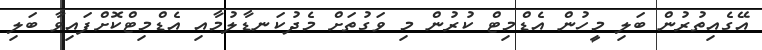
އޭގެއިތުރުން ބަލި މީހުން އެޑްމިޓް ކުރުން މި ވަގުތަށް މެދުކަނޑާލުމާއި އެޑްމިޓްކޮށްފައިވާ ބަލި